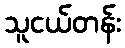
သူငယ်တန်း